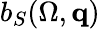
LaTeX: b_{S}(\Omega,{\mathbf q})